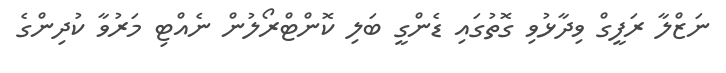
ނަޒްލާ ރަފީގް ވިދާޅުވި ގޮތުގައި ޑެންގީ ބަލި ކޮންޓްރޯލުން ނެއްޓި މަރުވާ ކުދިންގެ